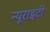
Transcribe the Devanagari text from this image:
न्यूराइटी